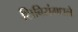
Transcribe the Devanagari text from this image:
शिबिरांमधले